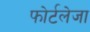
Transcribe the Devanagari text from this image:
फोर्टलेजा